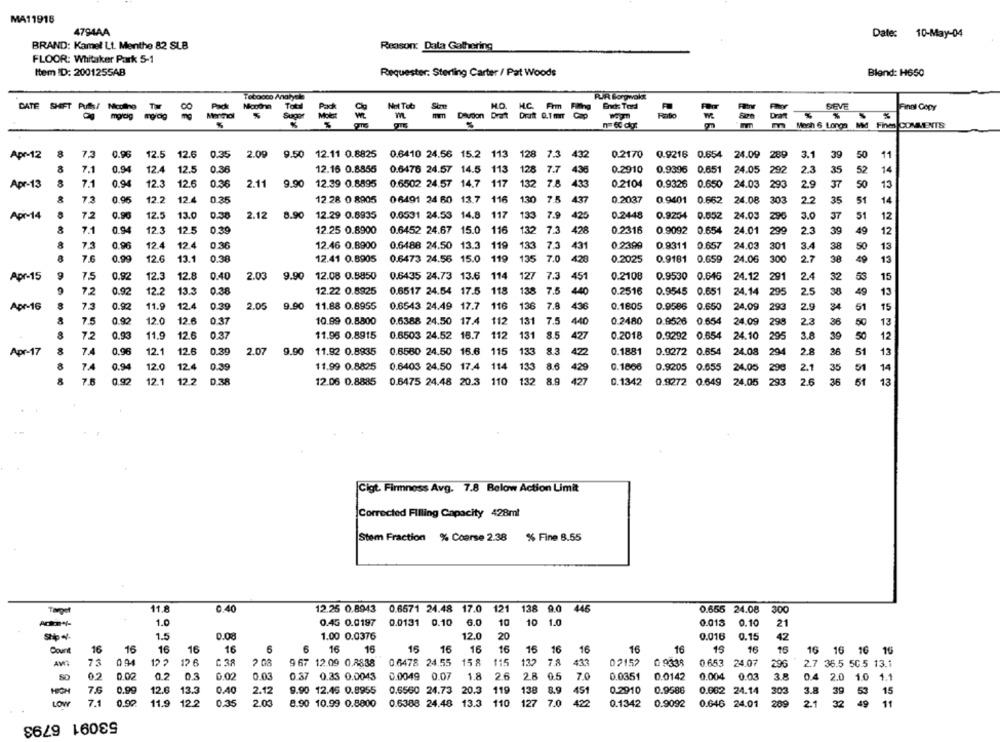
MA11918
4794AA
Date: 10-May-04
BRAND: Kamel Lt. Menthe 82 SLB
Reason: Data Gathering
FLOOR: Whitaker Park 5-1
Item ID: 2001255AB
Requester. Sterling Carter / Pat Woods
Blend: H650
Tobooco Analyela
PUJR. Borgwokat
Pad Nouona
Not Tob
HO. H.C. Frm Fling
Ends Todd
SEVE
Finnl Copy
DATE SHIFT POST Pago so
Sugor
8%
m
Deudon Draft Draft 0.1 mmr Cap
Mech 6 Longa Md Fines COMMENTS
Apr-12
8
7.3
0.96
12.5
12.6
0.35
2.09 9.50 12.11 0.8825
0.6410 24.56 15.2 113
128
7.3
432
0.2170 0.9216 0.654 24.09 289
3.1
39
50
8
7.1
0.94
12.4
12.5
0.36
12.16 0.8855
0.6476 24.57 14.5 113
128
7.7
436
0.2910 0.9396 0.651
24.05
292
2.3
35
Apr-13
7.1
0.94
12.3
12.6
0.36
2.11
9.90
12.39 0.8895
0.6502 24.57 14.7
117
132
78
433
0.2104
0.9326 0.650
24.03
293
29
37
50
7.3
0.96
12.2
12.4
0.35
12.28 0 8905
06491 24 60 13.7 116
130
7.5
437
0.2037
0.9401 0.662
24.08 303
2.2
35
51
Apr-14
7.2
0.90
12.5
13.0
0.38
2.12 8.90
12.29 0.6935
0.0531 24.53 14.8
117
133
7.
425
0.2448
0.9204 0.552
24.03
296
3.0
37
51
7.1
0.94
12.3
12.5
0.39
12.25 0.8900
0.6452 24.67 15.0
116
132
7.3
428
0.2316
0.9092
0.654
24.01
299
39
49
73
0.96
12.4
12.4
0.36
12.46 0.8900
0.6488 24.50 13.3
119
7.3
431
0.23:99
0.9311 0.657
24.03
301
3.4
38
133
50
7.0
0.99
12.6
13.1
0.38
12.41 0.8905
0.6473 24.56 15.0
119
135
7.0
428
0.2025
0.9181
24.06
300
2.7
38
49
12.08 0.8850
451
2.4
Apr-15
0.92
12.3
12.8
0.40
2.03
9.90
0.6435 24.73 13.6
114
127
7.
0.2108
0.9530 0.646
24.12
291
32
118
7.5
140
0.2516
2.5
72
0.92
12.2
13.3
0.38
12.22 0.8925
0.6517 24.54 17.5
138
0.9545 0.651
24.14
295
38
49
12.4
0.6543 24.49 17.7
7.8
436
2.9
Apr-16
7.3
0.92
11.9
0.39
2.05
9.90
11.88 0.8955
116
136
0.1605
0.9586 0.650
24.09
293
34
51
12.0
12.6
112
131
7.5
440
0.2480
2.2
7.5
0.92
0.37
10.99 0.8800
0.6388 24.50 17.4
0.9526 0.654
24.09
298
36
50
112
8.5
427
3.8
7.2
0.93
11.9
12.6
0.37
11.96 0.8915
0.6503 24.52 18.7
131
0.2018
0.9292 0.654
24.10
295
39
50
8.3
Apr-17
8
7.4
0.96
12.1
12.6
0.39
2.07
9.90
11.92 0.8935
0.6580 24.50 16.6
115
133
422
0.1881
0.9272 0.654
24.08
294
2.8
26
51
8
7.4
0.94
12.0
12.4
0.39
11.99 0.8825
0.6403 24.50 17.4
114
133
86
429
0.1866
0.9205 0.655
24.05
298
2.1
35
51
0.92
12.1
12 2
D.38
12.06 0.8885
0.6475 24.48 20.3
110
132
8.9
427
0. 1342
0.9272 0.649
24.05
293
2.6
36
51
Cigt. Firmness Avg. 7.8 Below Action Limit
Corrected Filling Capacity 428ml
Stem Fraction % Coerse 2.38 % Fine 8.55
11.8
0.40
12.25 0.8943
0.6571 24.48 17.0
121
138 9.0
446
0.655 24.08
300
Target
1.0
0.45 0.0197
0.0131 0.10
6.0
10
10
1.0
0.013
0.10
21
1.5
0.08
1.00 0.0376
12.0
20
0.016
0.15
42
Count
16
16
16
16
16
6
6
16
16
15
16
16
16
16
16
16
16
16
15
16
16
16 16 16 16
78
Aw
094
12 ?
12 6
C 38
2 08
9 67 12.09 0.8838
0.6478 24.55
15 8
115
135
433
02152
0 9338
0.653 24.07
296
2.7 36.5 50.5 13.1
80
02
0.02
0.2
0.3
0.02
0.03
0.37 0.33 0.0043
0.0049 0.07
1.8
2.6
2.8
0.5
7.0
0.0351
0.0142
0.004
0.03
0.4
3.8
2.0 1.0 1.1
7.6
0.99
12.6
13.3
0.40
2.12
9.90 12.45 0.8955
0.6560 24.73 20.3
119
138
8.9
451
0.2910
0.9586
0.062 24.14
303
39 53 15
LOW
7.1
0.90
11.9
12.2
0.35
2.03
8.90 10.99 0.8800
0.6388 24.48 13.3
110
127
7.0
422
0.1342
0.9092
0.646 24.01
289
32
49
11
53091 6793